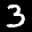
Label: 3